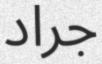
جراد